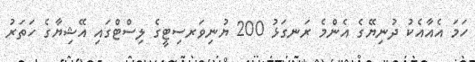
ހަމަ އެއާއެކު ދުނިޔޭގެ އެންމެ ރަނގަޅު 200 ޔުނިވަރސިޓީގެ ލިސްޓްގައި އޭޝިޔާގެ ހަތަރު